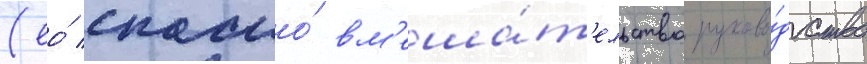
(ео́ спасло́ вм'еша́т'ельство руково́дства